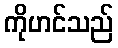
ကိုဟင်သည်